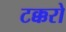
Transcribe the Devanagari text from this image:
टक्करो